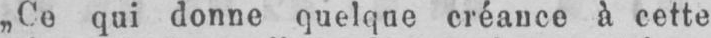
„Ce qui donne quelque créance à cette